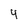
Character: 4